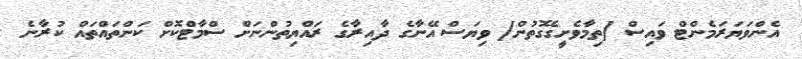
އެންވަޔަރަމެންޓް ވައިސް [ތިމާވެށީގެގޮތުން] ވިޔަސް އޭނާގެ ދާއިރާގެ ރައްޔިތުންނަށް ސްމާޓްކޮށް ކަންތައްތައް ކުރާނެ